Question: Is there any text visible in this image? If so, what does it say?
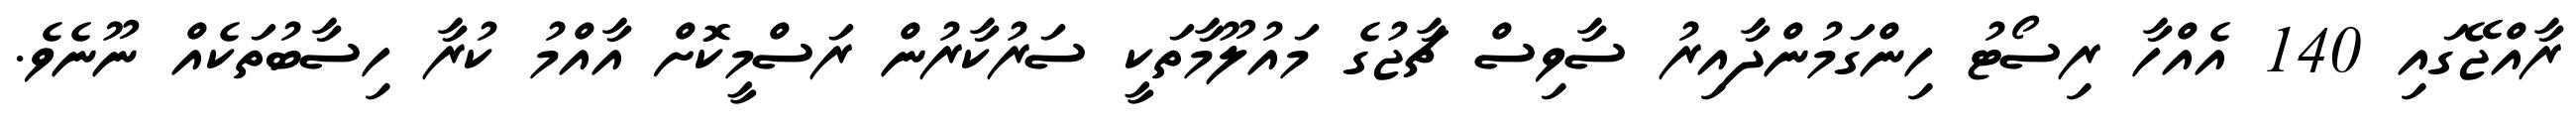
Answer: ރާއްޖޭގައި 140 އެއްހާ ރިސޯޓު ހިންގަމުންދާއިރު ސާވިސް ޗާޖުގެ މައުލޫމާތަކީ ސަރުކާރުން ރަސްމީކޮށް އާއްމު ކުރާ ހިސާބުތަކެއް ނޫނެވެ.